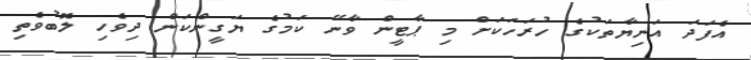
އެފަދަ އަނިޔާތަކުގެ ހުރަހަކަށް މި ޕާޓީން ވާނޭ ކަމުގެ ޔަގީންކަން ދިވެހި ލޮބުވެތި